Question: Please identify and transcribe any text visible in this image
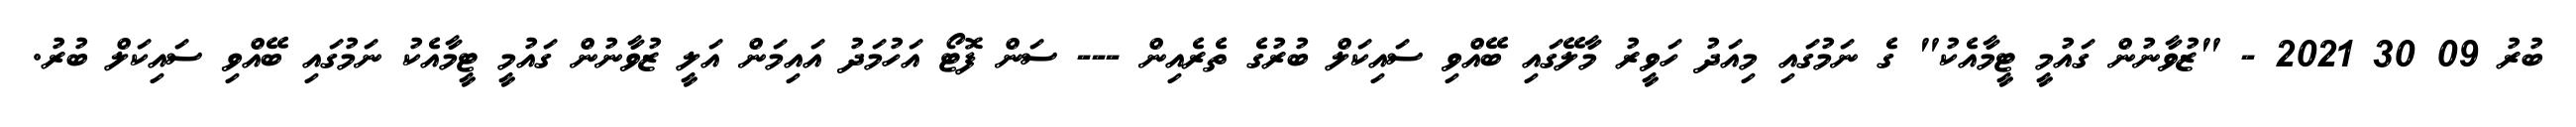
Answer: ބުރު 09 30 2021 - "ޒުވާނުން ގައުމީ ޓީމާއެކު" ގެ ނަމުގައި މިއަދު ހަވީރު މާލޭގައި ބޭއްވި ސައިކަލް ބުރުގެ ތެރެއިން --- ސަން ފޮޓޯ އަހުމަދު އައިމަން އަލީ ޒުވާނުން ގައުމީ ޓީމާއެކު ނަމުގައި ބޭއްވި ސައިކަލް ބުރު.